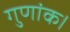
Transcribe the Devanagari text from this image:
गुणांक।